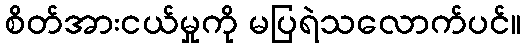
စိတ်အားငယ်မှုကို မပြရဲသလောက်ပင်။